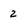
Character: 2